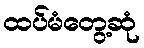
ထပ်မံတွေ့ဆုံ